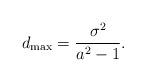
LaTeX: \begin{align*}d_{\max} = \frac{\sigma^2}{a^2 - 1}.\end{align*}